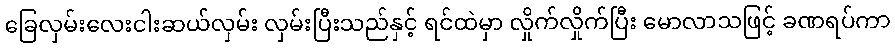
ခြေလှမ်းလေးငါးဆယ်လှမ်း လှမ်းပြီးသည်နှင့် ရင်ထဲမှာ လှိုက်လှိုက်ပြီး မောလာသဖြင့် ခဏရပ်ကာ